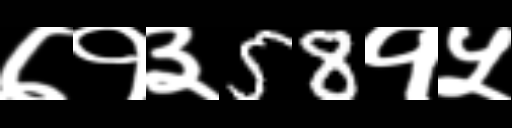
Text: ७१३58१५